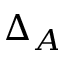
\Delta _ { A }